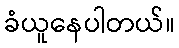
ခံယူနေပါတယ်။